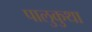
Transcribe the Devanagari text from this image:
पालुकुथा